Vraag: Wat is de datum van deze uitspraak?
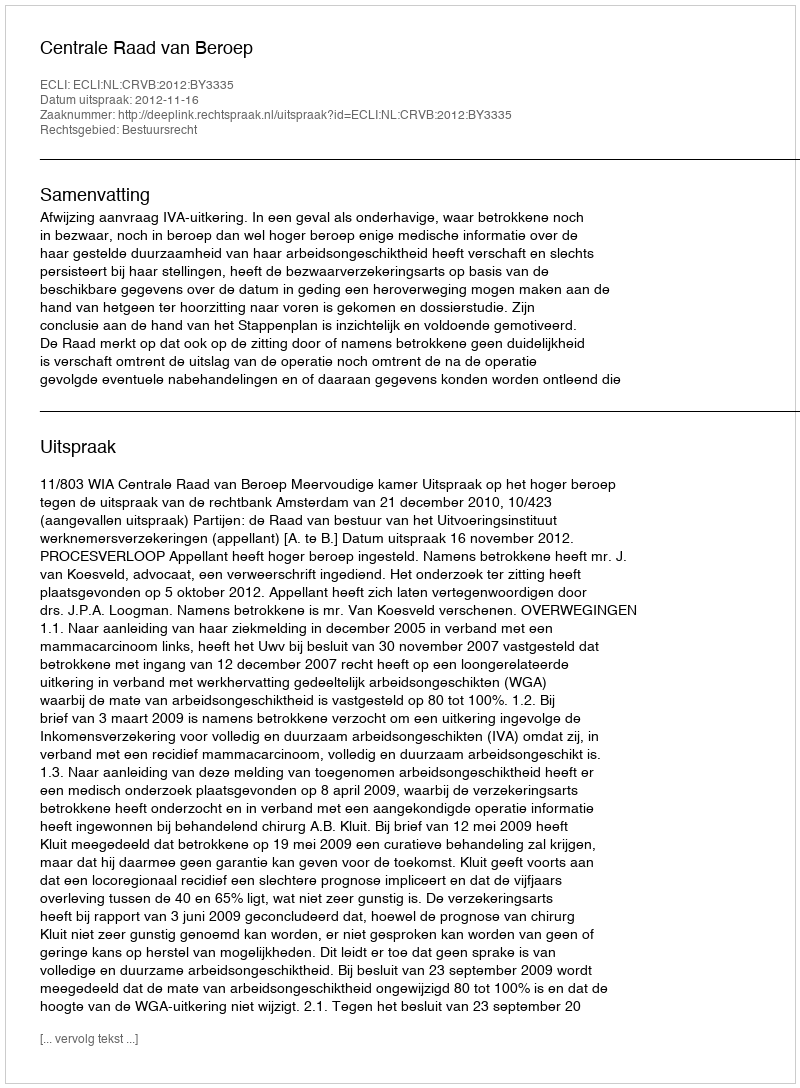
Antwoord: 2012-11-16